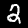
Digit: 2